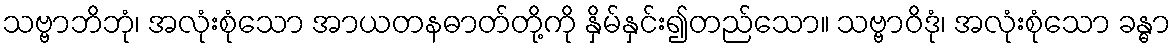
သဗ္ဗာဘိဘုံ၊ အလုံးစုံသော အာယတနဓာတ်တို့ကို နှိမ်နှင်း၍တည်သော။ သဗ္ဗာဝိဒုံ၊ အလုံးစုံသော ခန္ဓာ